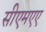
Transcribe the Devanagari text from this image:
सीएमएए